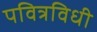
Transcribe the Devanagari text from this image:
पवित्रविधी